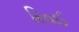
રિવઈ